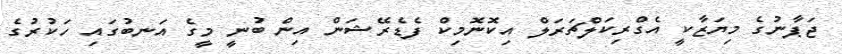
ޖަޕާނުގެ މިޔަޒާކީ އެގްރިކަލްޗަރަލް އިކޮނޮމިކް ފެޑެރޭޝަން އިން ބުނީ މީގެ އަނބުގައި ހަކުރުގެ